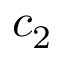
c _ { 2 }